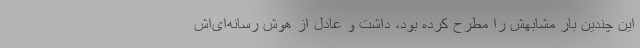
این چندین بار مشابهش را مطرح کرده بود، داشت و عادل از هوش رسانه‌ای‌اش